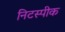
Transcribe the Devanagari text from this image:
निटस्पीक